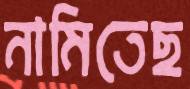
নামিতেছ